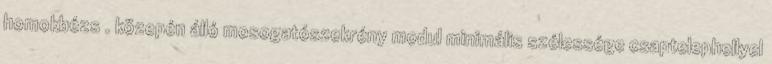
homokbézs . közepén álló mosogatószekrény modul minimális szélessége csaptelephellyel